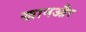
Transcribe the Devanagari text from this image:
खानऔर